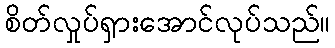
စိတ်လှုပ်ရှားအောင်လုပ်သည်။